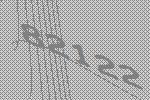
82122